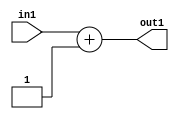
`timescale 1ps / 1ps
/*****************************************************************************
    Verilog RTL Description
    
    
    Created by: CellMath Designer 2019.1.01 
*******************************************************************************/

module float2fix_Add2i1s32_1 (
	in1,
	out1
	); /* architecture "behavioural" */ 
input [31:0] in1;
output [31:0] out1;
wire [31:0] asc001;

assign asc001 = 
	+(in1)
	+(32'B00000000000000000000000000000001);

assign out1 = asc001;
endmodule

/* CADENCE  ubP0TAs= : u9/ySgnWtBlWxVPRXgAZ4Og= ** DO NOT EDIT THIS LINE ******/